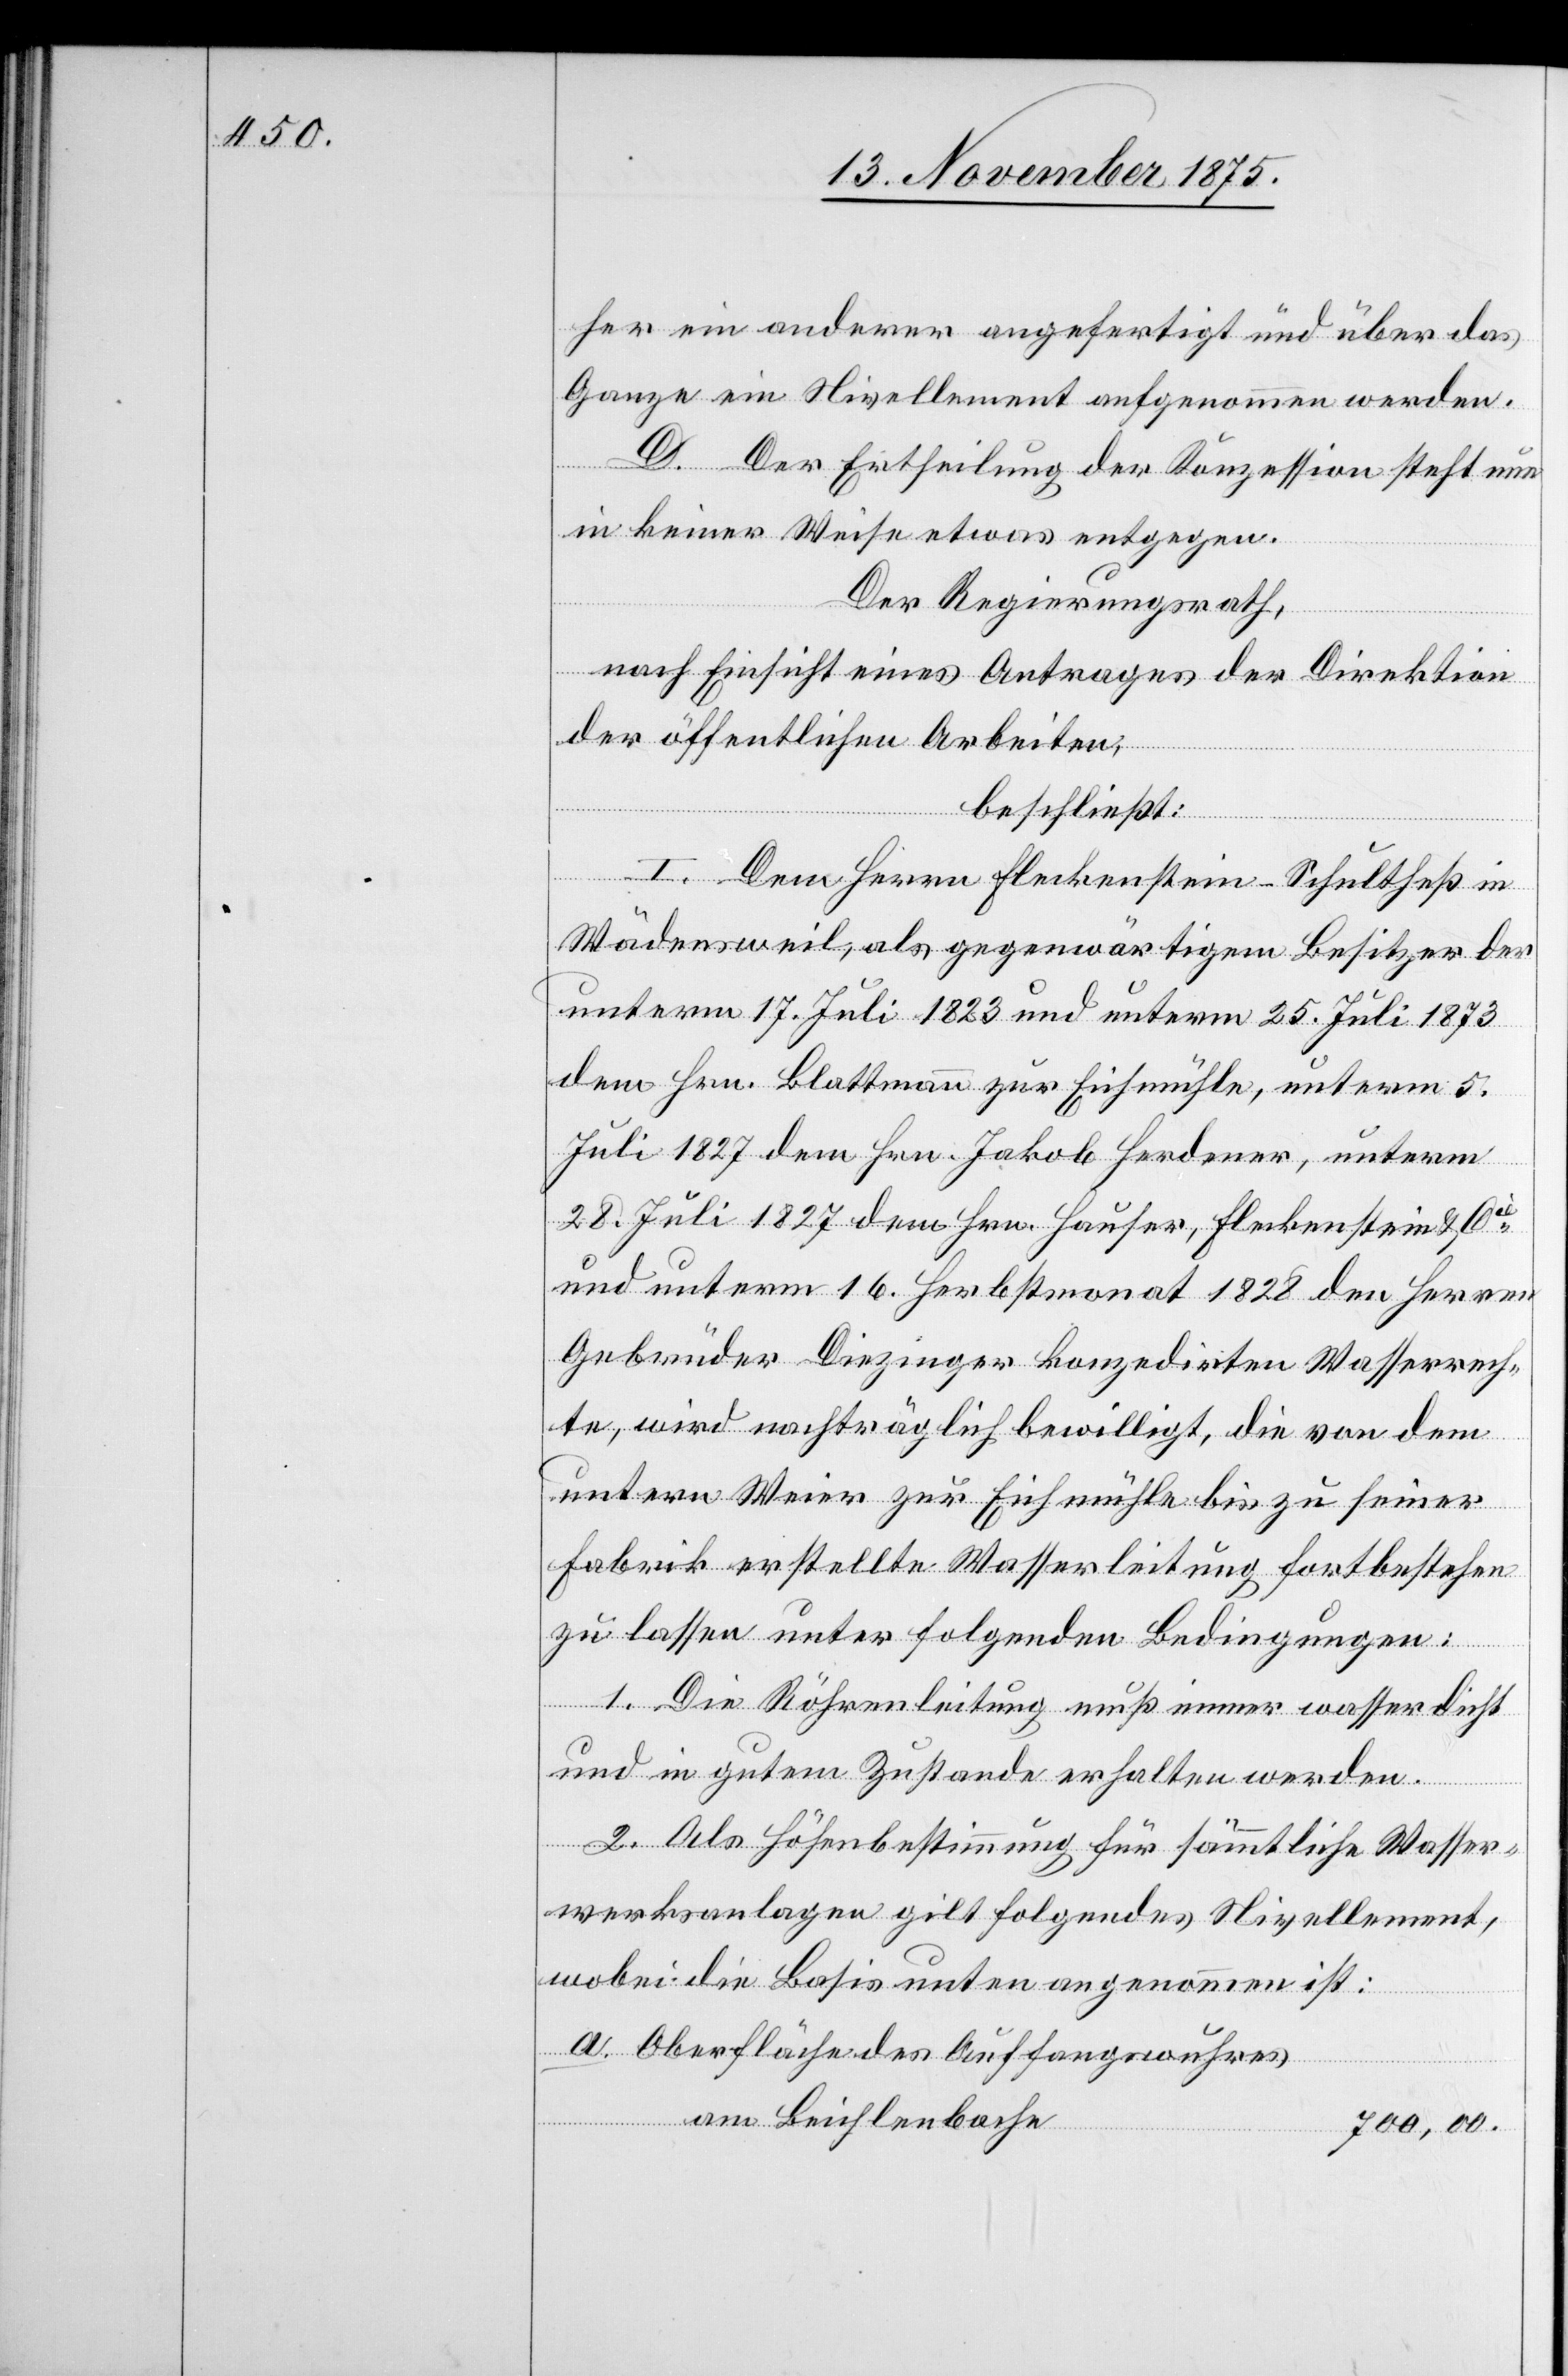
her ein anderer angefertigt und über das
Ganze ein Nivellement aufgenommen werden.
D. Der Ertheilung der Konzession steht nun
in keiner Weise etwas entgegen.
Der Regierungsrath,
nach Einsicht eines Antrages der Direktion
der öffentlichen Arbeiten,
beschließt:
I. Dem Herrn Fleckenstein-Schultheß in
Wädensweil, als gegenwärtigem Besitzer der
unterm 17. Juli 1823 und unterm 25. Juli 1873
dem Hrn. Blattmann zur Eichmühle, unterm 5.
Juli 1827 dem Hrn. Jakob Herdener, unterm
28. Juli 1827 dem Hrn. Hauser, Fleckenstein & C¬
ie unterm 16. Herbstmonat 1828 den Herren
Gebrüder Diezinger konzedirten Wasserrech¬
te, wird nachträglich bewilligt, die von dem
untern Weier zur Eichmühle bis zu seiner
Fabrik erstellte Wasserleitung fortbestehen
zu lassen unter folgenden Bedingungen:
1. Die Röhrenleitung muß immer wasserdicht
und in gutem Zustande erhalten werden.
2. Als Höhenbestimmung für sämmtliche Wasser¬
werksanlagen gilt folgendes Nivellement,
wobei die Basis unten angenommen ist:
Oberfläche des Auffangwuhres
am Beichlenbache
700,00.